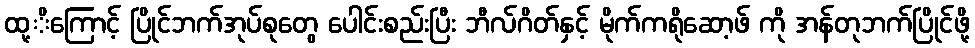
ထု့ိကြောင့် ပြိုင်ဘက်အုပ်စုတွေ ပေါင်းစည်းပြီး ဘီလ်ဂိတ်နှင့် မိုက်ကရိုဆော့ဖ် ကို အန်တုဘက်ပြိုင်ဖို့